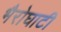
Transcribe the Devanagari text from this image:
भैरोघाटी